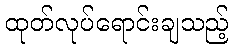
ထုတ်လုပ်ရောင်းချသည့်